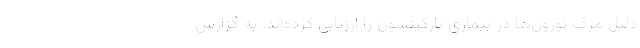
دلیل مرگ نورون‌ها در بیماری پارکینسون را ارزیابی کرده‌اند. به گزارش